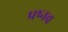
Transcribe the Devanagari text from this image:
प्रष्नच